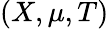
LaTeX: (X,\mu,T)